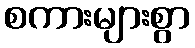
စကားများစွာ